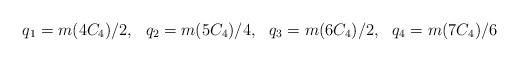
LaTeX: \begin{align*}q_1 = m(4C_4)/2, ~~q_2 = m(5C_4)/4, ~~q_3 = m(6C_4)/2, ~~q_4 = m(7C_4)/6\end{align*}